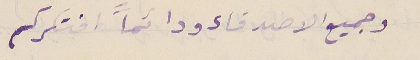
وجميع الاصدقاء ودائماً افتكركم